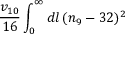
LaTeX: \frac { v _ { 1 0 } } { 1 6 } \int _ { 0 } ^ { \infty } d l \, ( n _ { 9 } - 3 2 ) ^ { 2 }